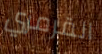
القرمزي